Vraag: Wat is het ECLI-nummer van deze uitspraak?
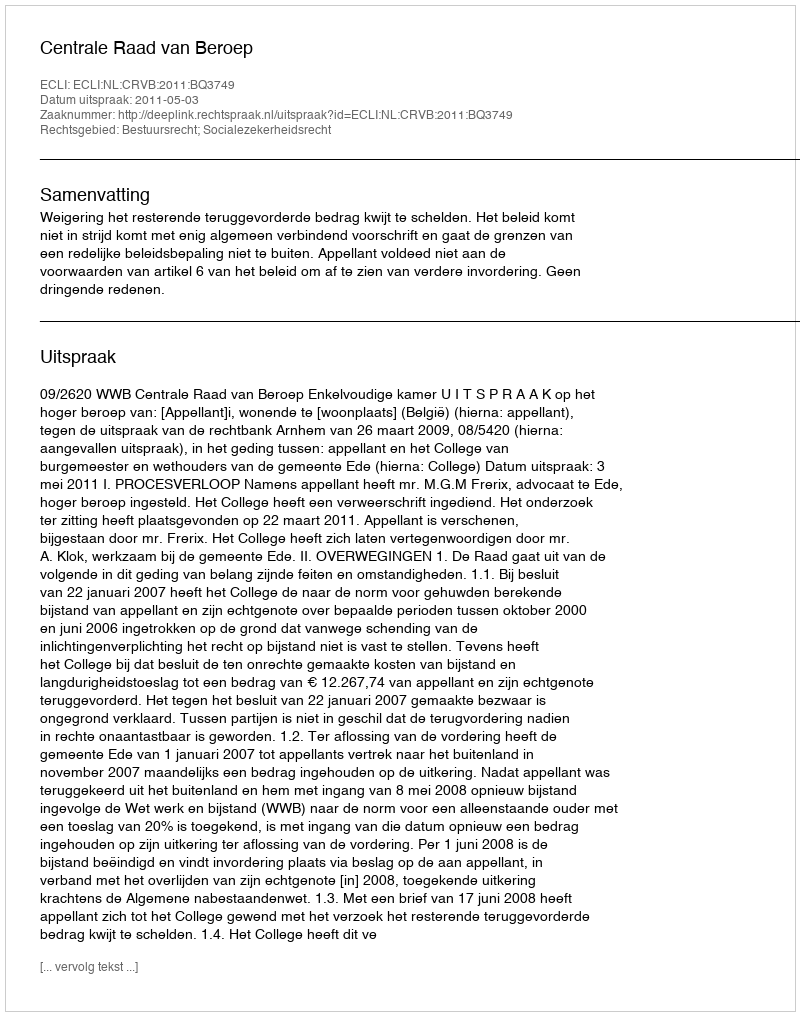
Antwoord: ECLI:NL:CRVB:2011:BQ3749